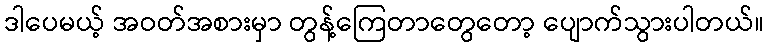
ဒါပေမယ့် အဝတ်အစားမှာ တွန့်ကြေတာတွေတော့ ပျောက်သွားပါတယ်။